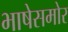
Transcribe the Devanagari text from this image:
भाषेसमोर